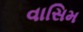
વાસિમ